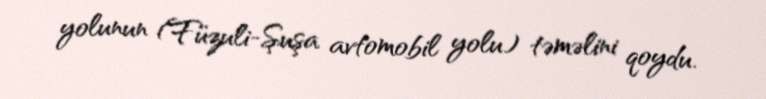
yolunun (Füzuli-Şuşa avtomobil yolu) təməlini qoydu.